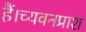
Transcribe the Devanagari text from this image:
हैं।च्यवनप्राश